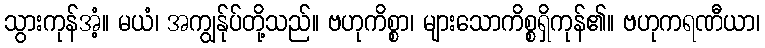
သွားကုန်အံ့။ မယံ၊ အကျွန်ုပ်တို့သည်။ ဗဟုကိစ္စာ၊ များသောကိစ္စရှိကုန်၏။ ဗဟုကရဏီယာ၊